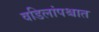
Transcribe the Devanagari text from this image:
वडिलांपश्चात